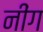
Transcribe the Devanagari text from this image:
नींग